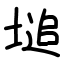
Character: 塠